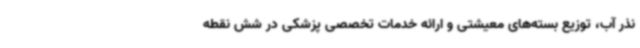
نذر آب، توزیع بسته‌های معیشتی و ارائه خدمات تخصصی پزشکی در شش نقطه